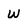
Character: W